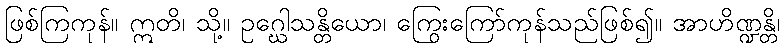
ဖြစ်ကြကုန်။ ဣတိ၊ သို့။ ဥဂ္ဃေါသန္တိယော၊ ကြွေးကြော်ကုန်သည်ဖြစ်၍။ အာဟိဏ္ဍန္တိ၊